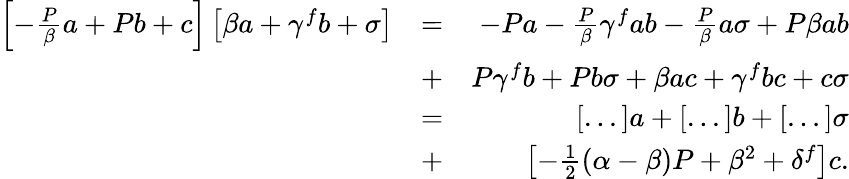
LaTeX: \begin{array}{rlr}{\left[-\frac{P}{\beta}a+Pb+c\right]\left[\beta a+\gamma^{f}b+\sigma\right]}&{=}&{-Pa-\frac{P}{\beta}\gamma^{f}ab-\frac{P}{\beta}a\sigma+P\beta ab}\\ &{+}&{P\gamma^{f}b+Pb\sigma+\beta ac+\gamma^{f}bc+c\sigma}\\ &{=}&{[...]a+[...]b+[...]\sigma}\\ &{+}&{\left[-\frac{1}{2}(\alpha-\beta)P+\beta^{2}+\delta^{f}\right]c.}\end{array}